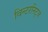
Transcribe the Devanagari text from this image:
विन्टरनिट्ज